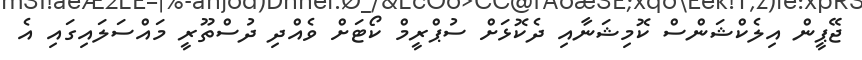
ޖޭޕީން އިލެކްޝަންސް ކޮމިޝަނާއި ދެކޮޅަށް ސުޕްރީމް ކޯޓަށް ވެއްދި ދުސްތޫރީ މައްސަލައިގައި އެ